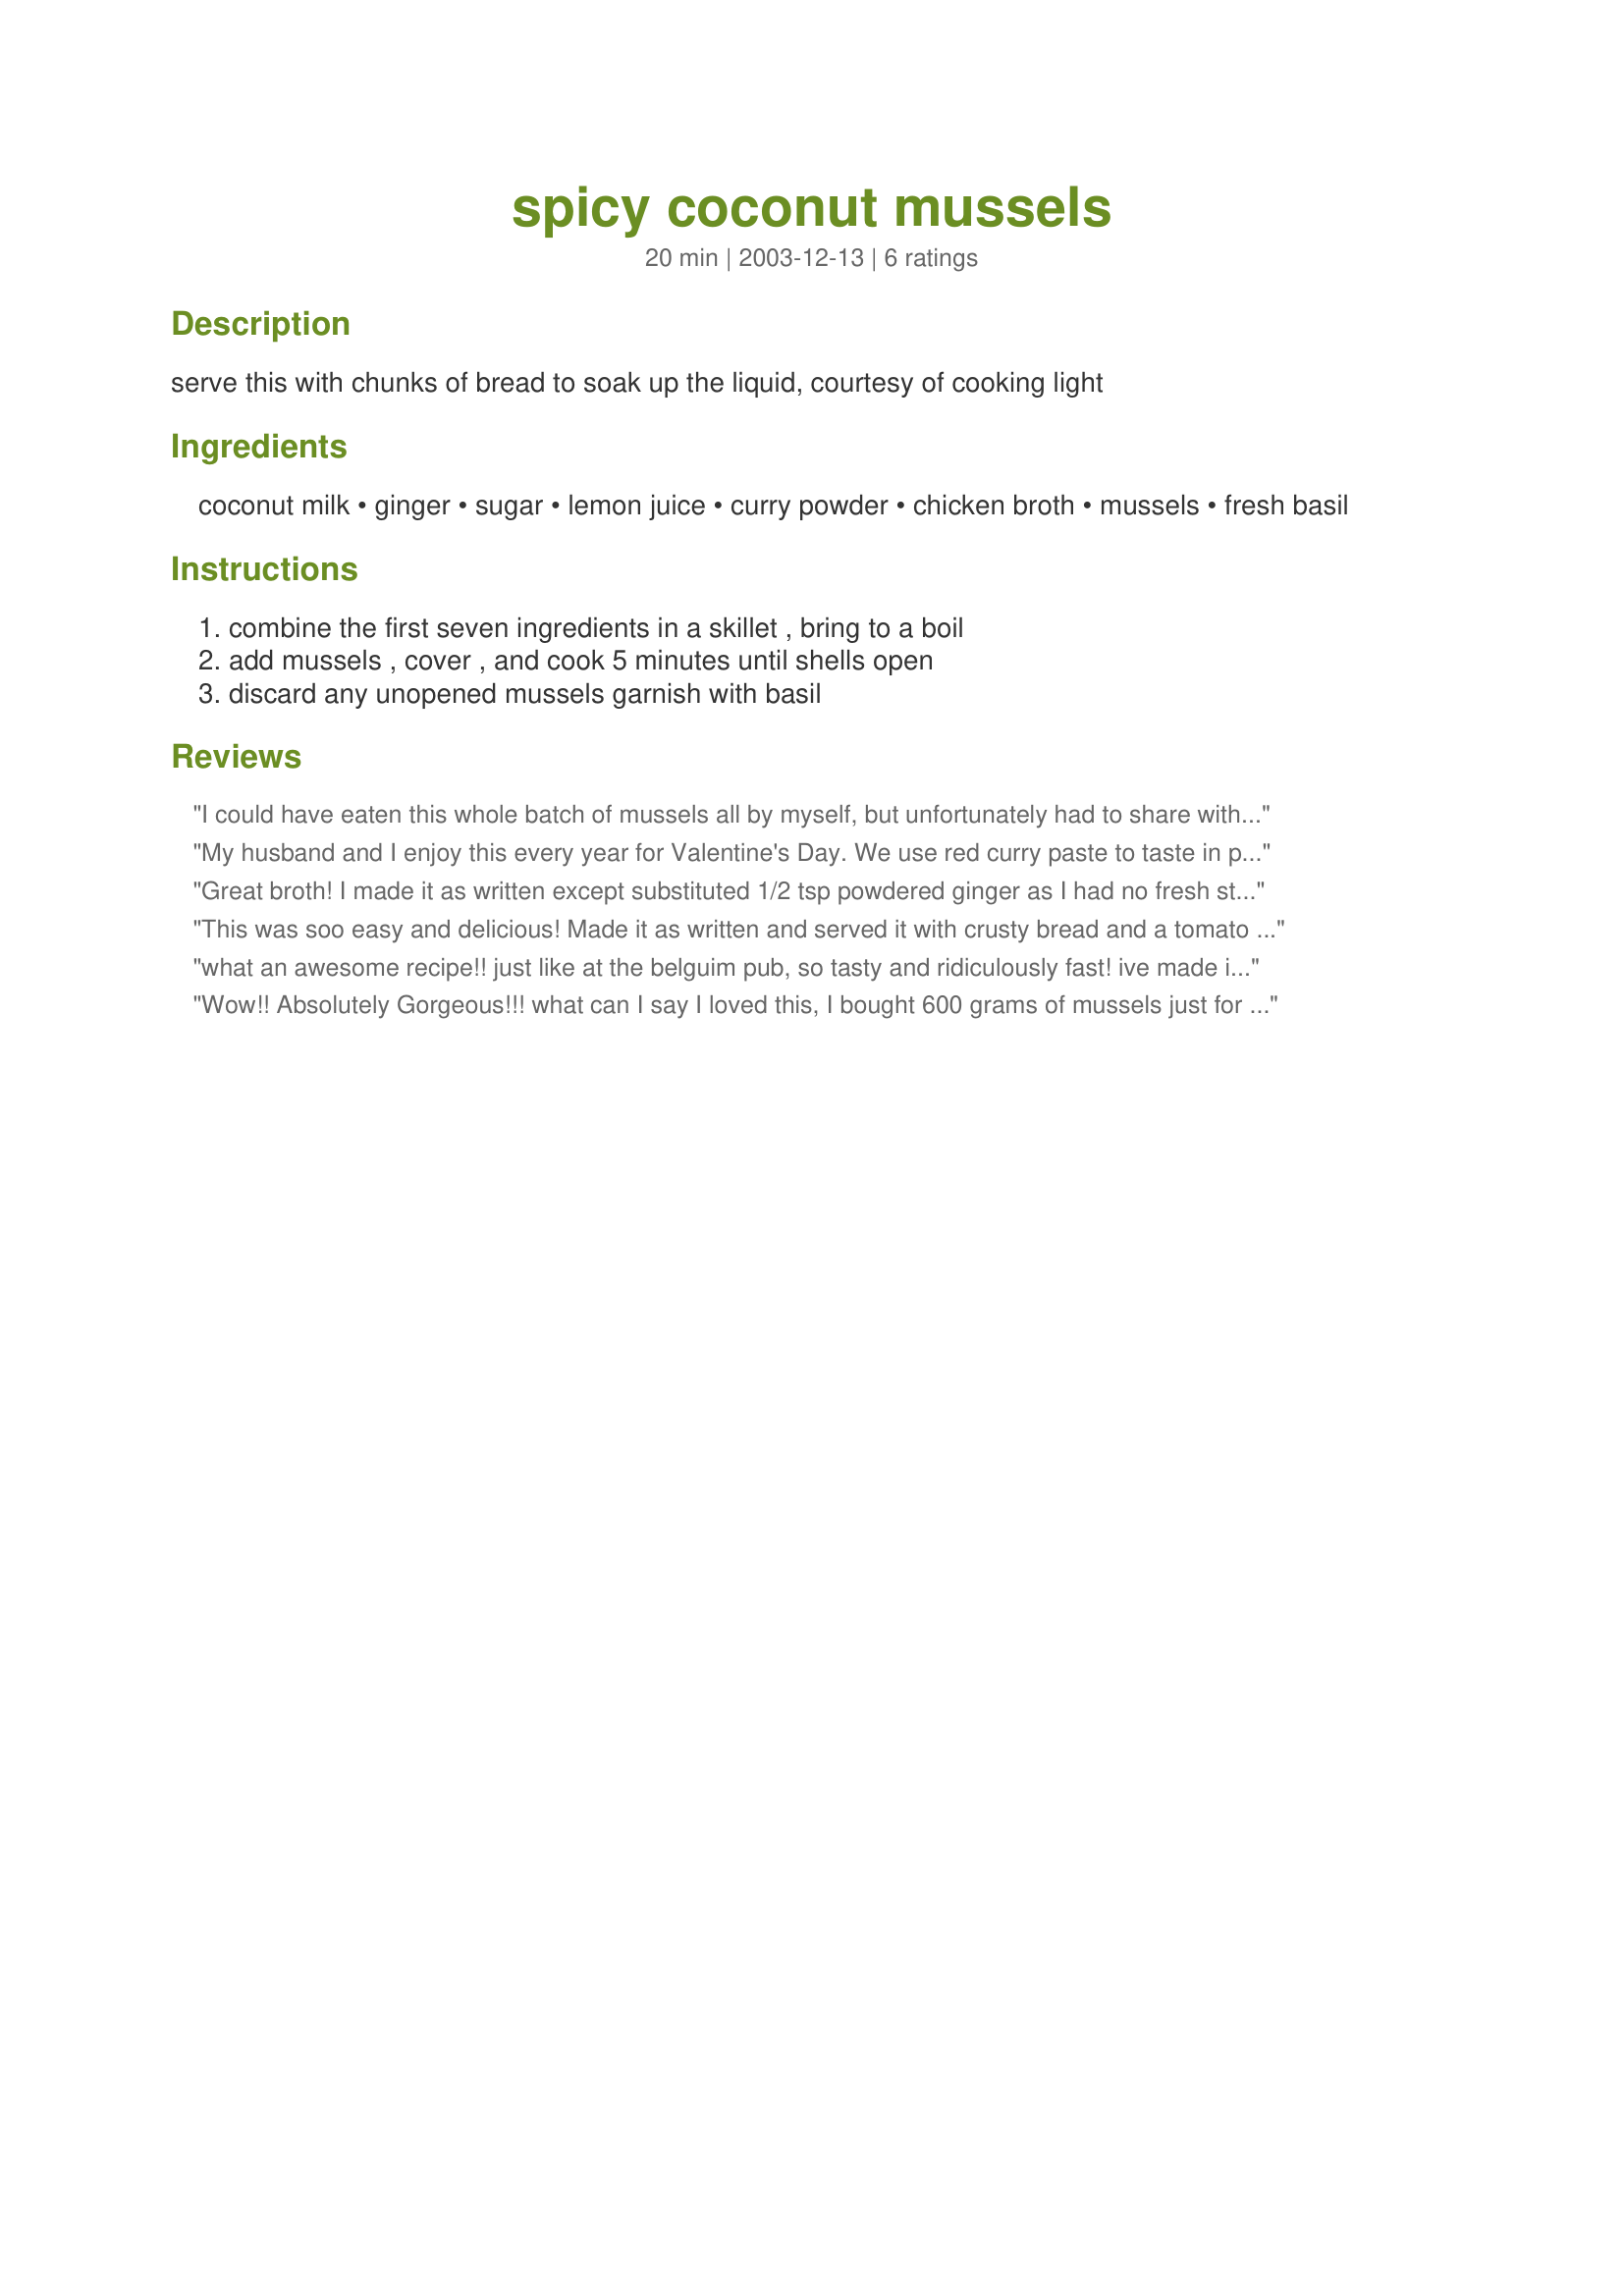
spicy coconut mussels
Preparation time: 20 minutes

serve this with chunks of bread to soak up the liquid, courtesy of cooking light

Ingredients:
coconut milk, ginger, sugar, lemon juice, curry powder, chicken broth, mussels, fresh basil

Steps:
combine the first seven ingredients in a skillet , bring to a boil, add mussels , cover , and cook 5 minutes until shells open, discard any unopened mussels garnish with basil

Reviews:
I could have eaten this whole batch of mussels all by myself, but unfortunately had to share with a friend. We both loved the spicy broth and the juicy tenderness of the mussels, wiping our bowls clean with some delicious French bread. I followed your instructions to the letter, which were so simple and easy to follow. I think that some chopped cilantro would be good with this instead of the basil, and I might try it next time. Good one, Chia.
My husband and I enjoy this every year for Valentine's Day. We use red curry paste to taste in place of the powder, and I probably use more coconut milk than the recipe calls for just because we love the coconut milk-curry broth. Usually we serve this with a crisp cucumber and onion salad and crusty bread.
Great broth! I made it as written except substituted 1/2 tsp powdered ginger as I had no fresh stuff. We drank the remaining broth. Worth trying!
This was soo easy and delicious! Made it as written and served it with crusty bread and a tomato salad. Might add a finely chopped chili pepper and some garlic next time, its a recipe to play with!
Thanks Chia!!
what an awesome recipe!! just like at the belguim pub, so tasty and ridiculously fast! ive made it 4 times for my family who love it - just be careful not to use low fat coconut milk or it coagulates, and also go easy on the ginger otherwise it can be overpowering.
Wow!! Absolutely Gorgeous!!! what can I say I loved this, I bought 600 grams of mussels just for me, after all the moreish reviews I had read. I did add a carton of coconut cream and added a teaspoon of chicken stock granules, as I did not have any chicken broth. I made the liquid amounts the same even though I was making for one, so I could soak up the juice with some hot crusty bread. I made like another reviewer had said and used red thai curry paste. I added 2 Tablespoons of paste, my preference. This was so good Chia, I ended up getting so full on the bread, but I just could not waste any of that moreish, outstanding, soup like sauce, it was totally gorgeous. Another winner.. Yummo!!
